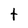
Character: t